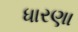
ધારણા